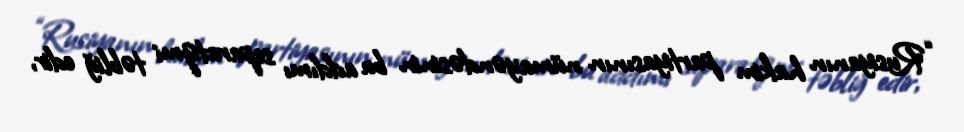
“Rusiyanın hakim partiyasının nümayəndəsinin bu addımı separatizmi təbliğ edir,